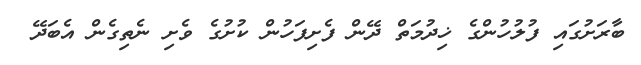
ބާރަށުގައި ފުލުހުންގެ ޚިދުމަތް ދޭން ފެށިފަހުން ކުށުގެ ވެށި ނެތިގެން އެބަދޭ